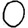
Digit: 0